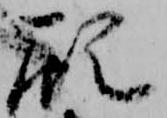
顧